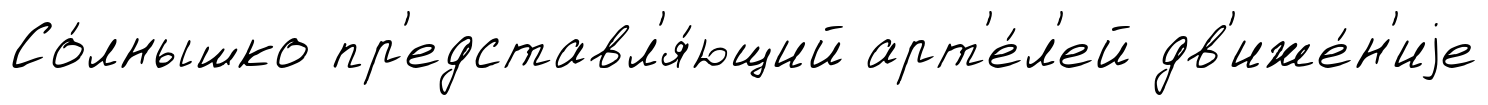
Со́лнышко пр'едставл'я́ющий арт'е́л'ей дв'иже́н'иjе